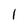
Character: l